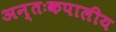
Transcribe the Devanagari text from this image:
अन्तःकपालीय